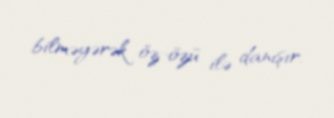
bilməyərək öz-özü ilə danışır.